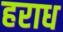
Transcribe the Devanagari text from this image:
हराध